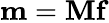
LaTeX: {\mathbf{m}}={\mathbf{Mf}}